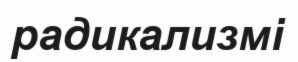
радикализмі